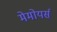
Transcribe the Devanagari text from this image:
मेमोयर्स